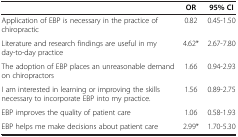
<table><thead><tr><td><b> </b></td><td><b>OR</b></td><td><b>95% CI</b></td></tr></thead><tbody><tr><td>Application of EBP is necessary in the practice of chiropractic</td><td>0.82</td><td>0.45-1.50</td></tr><tr><td>Literature and research findings are useful in my day-to-day practice</td><td>4.62*</td><td>2.67-7.80</td></tr><tr><td>The adoption of EBP places an unreasonable demand on chiropractors</td><td>1.66</td><td>0.94-2.93</td></tr><tr><td>I am interested in learning or improving the skills necessary to incorporate EBP into my practice.</td><td>1.56</td><td>0.89-2.75</td></tr><tr><td>EBP improves the quality of patient care</td><td>1.06</td><td>0.58-1.93</td></tr><tr><td>EBP helps me make decisions about patient care</td><td>2.99*</td><td>1.70-5.30</td></tr></tbody></table>